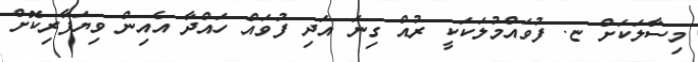
މިސާލަކަށް ޏ. ފުވައްމުލަކަކީ ރުއް ގިނަ އަދި ފުވައް ހައްދާ އެއިން ވިޔަފާރިކޮށް